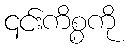
၎င်းကိစ္စကို